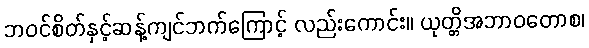
ဘဝင်စိတ်နှင့်ဆန့်ကျင်ဘက်ကြောင့် လည်းကောင်း။ ယုတ္တိအဘာဝတောစ၊